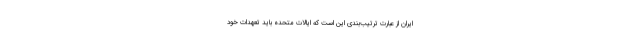
ایران از عبارت ترتیب‌بندی این است که ایالات متحده باید تعهدات خود